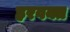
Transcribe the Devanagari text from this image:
हरवक्त